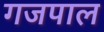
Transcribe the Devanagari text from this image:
गजपाल